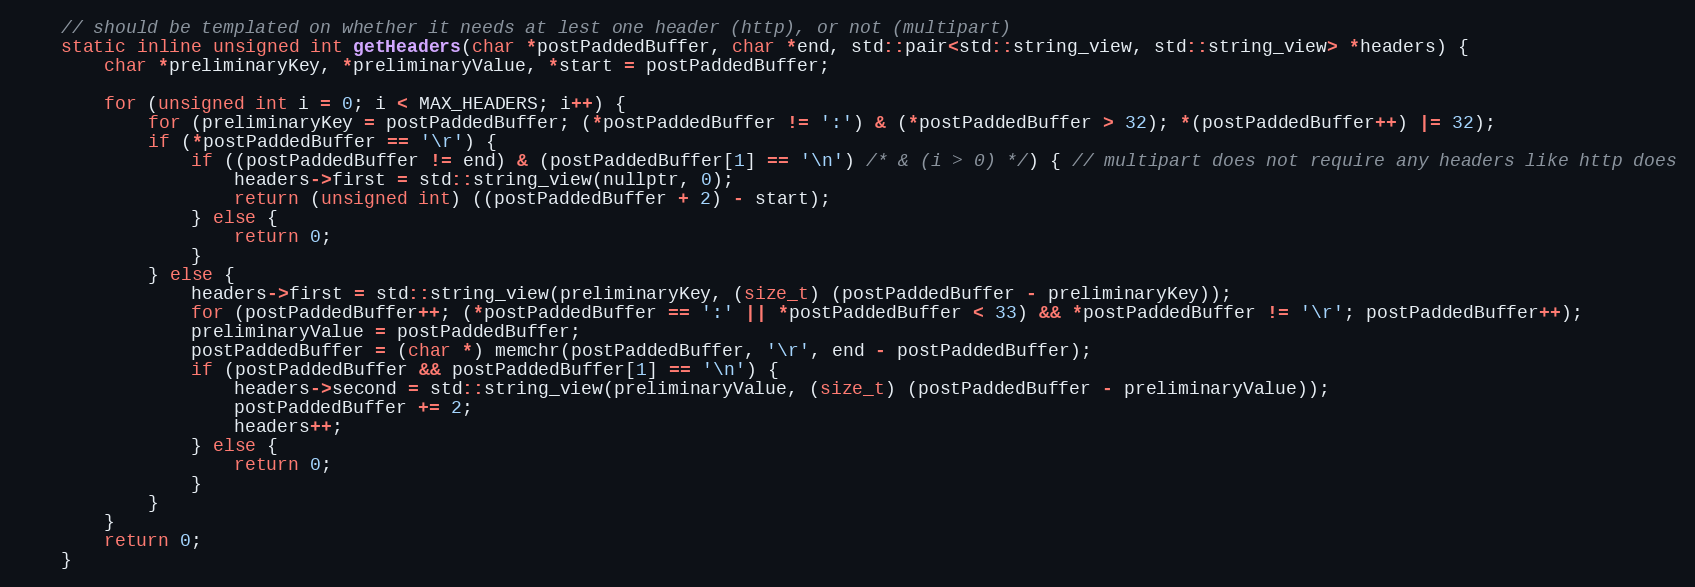
Language: C
    // should be templated on whether it needs at lest one header (http), or not (multipart)
    static inline unsigned int getHeaders(char *postPaddedBuffer, char *end, std::pair<std::string_view, std::string_view> *headers) {
        char *preliminaryKey, *preliminaryValue, *start = postPaddedBuffer;

        for (unsigned int i = 0; i < MAX_HEADERS; i++) {
            for (preliminaryKey = postPaddedBuffer; (*postPaddedBuffer != ':') & (*postPaddedBuffer > 32); *(postPaddedBuffer++) |= 32);
            if (*postPaddedBuffer == '\r') {
                if ((postPaddedBuffer != end) & (postPaddedBuffer[1] == '\n') /* & (i > 0) */) { // multipart does not require any headers like http does
                    headers->first = std::string_view(nullptr, 0);
                    return (unsigned int) ((postPaddedBuffer + 2) - start);
                } else {
                    return 0;
                }
            } else {
                headers->first = std::string_view(preliminaryKey, (size_t) (postPaddedBuffer - preliminaryKey));
                for (postPaddedBuffer++; (*postPaddedBuffer == ':' || *postPaddedBuffer < 33) && *postPaddedBuffer != '\r'; postPaddedBuffer++);
                preliminaryValue = postPaddedBuffer;
                postPaddedBuffer = (char *) memchr(postPaddedBuffer, '\r', end - postPaddedBuffer);
                if (postPaddedBuffer && postPaddedBuffer[1] == '\n') {
                    headers->second = std::string_view(preliminaryValue, (size_t) (postPaddedBuffer - preliminaryValue));
                    postPaddedBuffer += 2;
                    headers++;
                } else {
                    return 0;
                }
            }
        }
        return 0;
    }